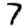
Digit: 7